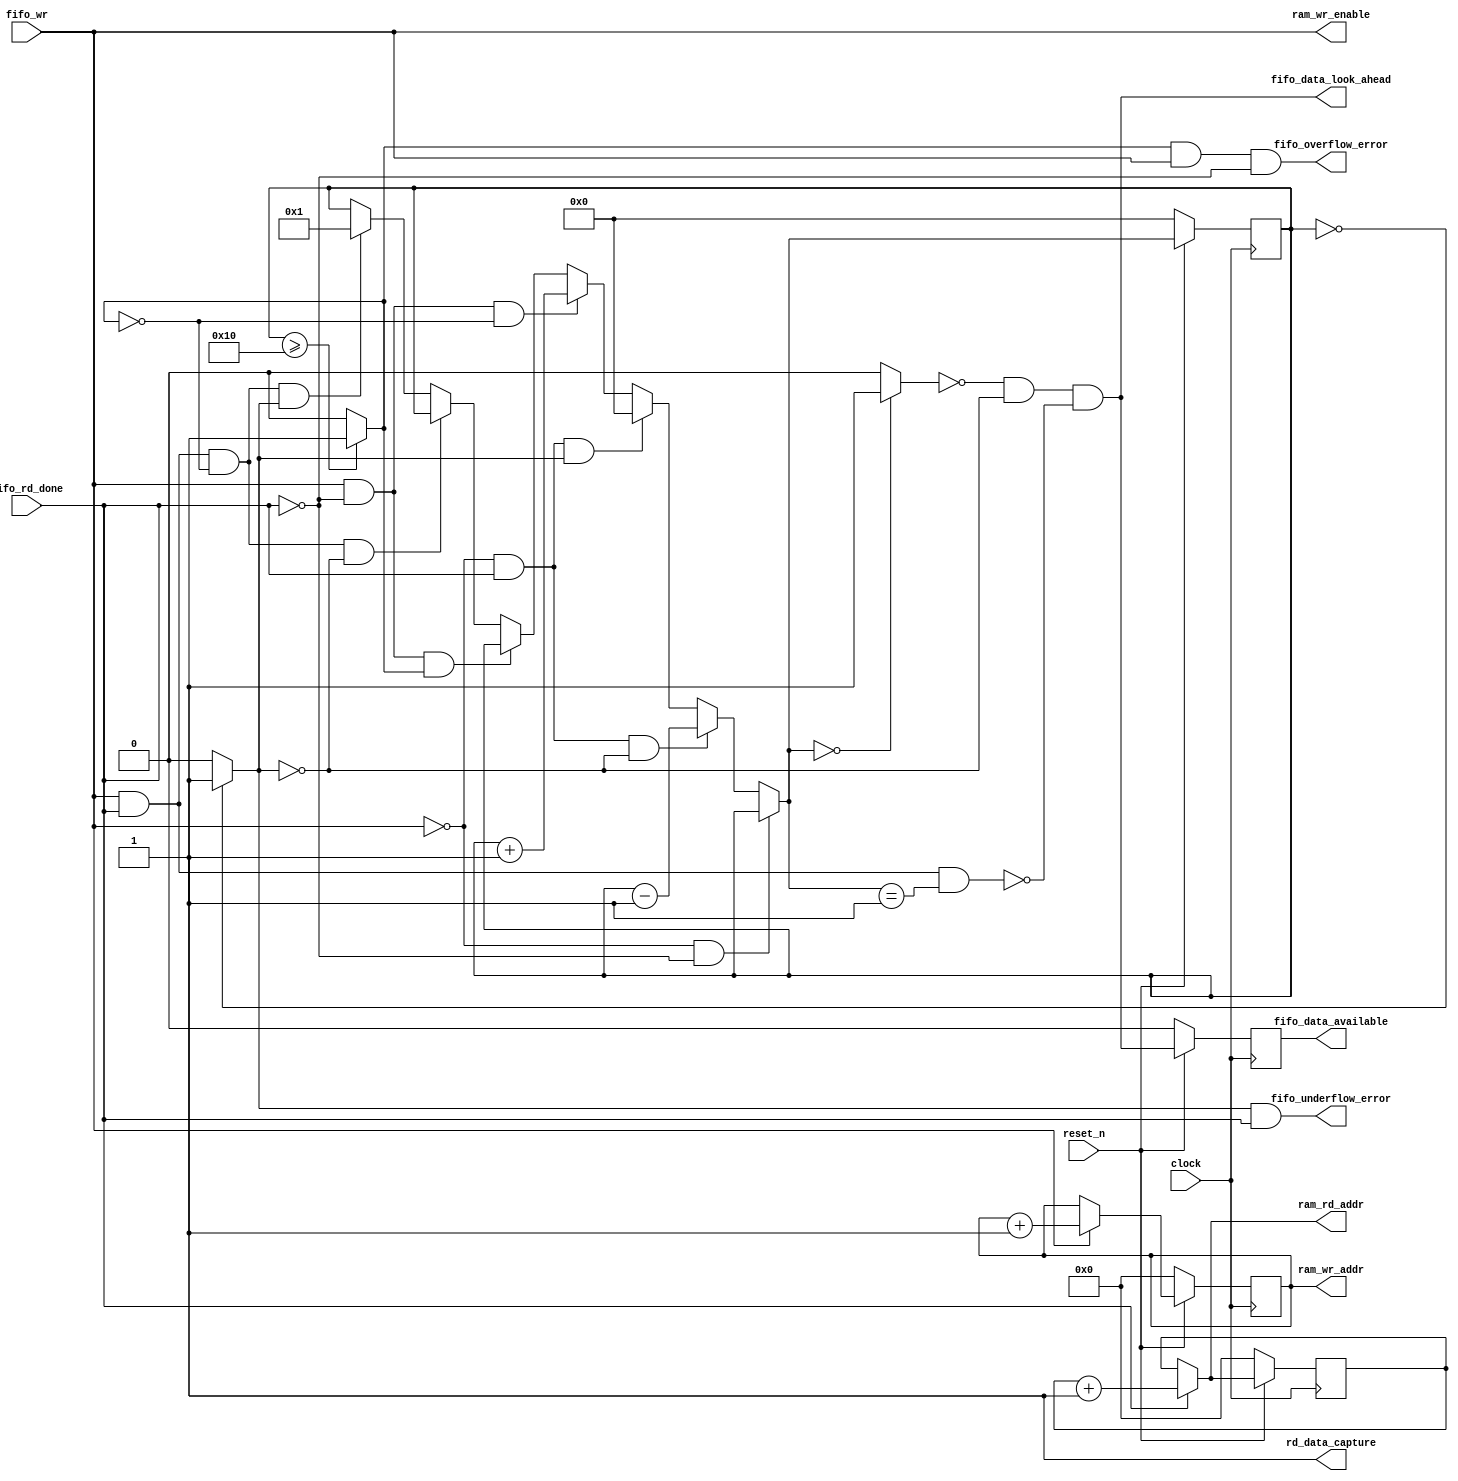
// This program was cloned from: https://github.com/OpenCAPI/ThymesisFlow
// License: Apache License 2.0

// *!***************************************************************************
// *! Copyright 2019 International Business Machines
// *!
// *! Licensed under the Apache License, Version 2.0 (the "License");
// *! you may not use this file except in compliance with the License.
// *! You may obtain a copy of the License at
// *! http://www.apache.org/licenses/LICENSE-2.0 
// *!
// *! The patent license granted to you in Section 3 of the License, as applied
// *! to the "Work," hereby includes implementations of the Work in physical form.  
// *!
// *! Unless required by applicable law or agreed to in writing, the reference design
// *! distributed under the License is distributed on an "AS IS" BASIS,
// *! WITHOUT WARRANTIES OR CONDITIONS OF ANY KIND, either express or implied.
// *! See the License for the specific language governing permissions and
// *! limitations under the License.
// *! 
// *! The background Specification upon which this is based is managed by and available from
// *! the OpenCAPI Consortium.  More information can be found at https://opencapi.org. 
// *!***************************************************************************
`timescale 1ns / 10ps

// ******************************************************************************************************************************
// Project            :  TLX 0.7x Reference Design (External Transaction Layer logic for attaching to the IBM P9 OpenCAPI Interface)
// Module Name        :  ocx_tlx_fifo_cntlr
//
// Module Description : This logic does the following:
//     - 
//
// Module Sub-sections:    (search for @@@)
//
// ******************************************************************************************************************************
// Modification History :
//                                    | Version   |     | Author   | Date        | Description of change
//                                    | --------- |     | -------- | ----------- | ---------------------
   `define OCX_TLX_FIFO_CNTLR_VERSION  20_Oct_2017   // |          | Oct.20,2017 | Re-written for to make lint happy
//
// ******************************************************************************************************************************


// ==============================================================================================================================
// @@@  Module Declaration
// ==============================================================================================================================
module ocx_tlx_fifo_cntlr
    (

        fifo_wr              ,
        fifo_rd_done         ,

        ram_wr_addr          ,
        ram_wr_enable        ,
        ram_rd_addr          ,
        rd_data_capture      ,

        fifo_data_look_ahead ,
        fifo_data_available  ,
        fifo_underflow_error ,
        fifo_overflow_error  ,

        clock                ,
        reset_n
    ) ;


// ==============================================================================================================================
// @@@  Parameters   (These can be overwritten by module instatiation.)
// ==============================================================================================================================
        // Note:   The FIFO will be *built* using the size specified by these parameters (or as overwritten by instantiation.)
        parameter  FIFO_ADDR_WIDTH  =   4 ;



// ==============================================================================================================================
// @@@  Port Declarations
// ==============================================================================================================================

        // -----------------------------------
        // Miscellaneous Ports
        // -----------------------------------
        input                          fifo_wr              ;
        input                          fifo_rd_done         ;
     
        output [FIFO_ADDR_WIDTH-1:0]   ram_wr_addr          ;
        output                         ram_wr_enable        ;
        output [FIFO_ADDR_WIDTH-1:0]   ram_rd_addr          ;
        output                         rd_data_capture      ;

        output                         fifo_data_look_ahead ;
        output                         fifo_data_available  ;
        output                         fifo_underflow_error ;
        output                         fifo_overflow_error  ;

        input                          clock                ;
        input                          reset_n              ;


// ==============================================================================================================================
// @@@  Wires and Variables (Regs)
// ==============================================================================================================================

        wire   [FIFO_ADDR_WIDTH-1:0]   ptr_inc            ;  // Vector to increment address pointers by one.
        wire   [FIFO_ADDR_WIDTH  :0]   cntr_0             ;  // Vector to load the reset the address pointers to zero
        wire   [FIFO_ADDR_WIDTH  :0]   cntr_1             ;  // Vector to set the addres pointers to 1
        wire   [FIFO_ADDR_WIDTH  :0]   cntr_max           ;  // Max number of valid entries in the FIFO.

        wire   [FIFO_ADDR_WIDTH-1:0]   wr_addr_pointer_d  ;  // Next state of write address pointer
        reg    [FIFO_ADDR_WIDTH-1:0]   wr_addr_pointer_q  ;  // Write address pointer
        wire   [FIFO_ADDR_WIDTH-1:0]   rd_addr_pointer_d  ;  // Next state of read address pointer
        reg    [FIFO_ADDR_WIDTH-1:0]   rd_addr_pointer_q  ;  // Read address pointer
        wire   [FIFO_ADDR_WIDTH  :0]   valid_entry_cntr_d ;  // 
        reg    [FIFO_ADDR_WIDTH  :0]   valid_entry_cntr_q ;  // Number of valid enries in FIFO: zero=empty, 10000=full

        wire    fifo_will_be_empty   ;
        wire    fifo_empty           ;
        wire    fifo_full            ;

        wire    fifo_data_early      ;
        reg     fifo_data_available1 ;


// ==============================================================================================================================
// @@@  ocx_tlx_fifo_cntlr Logic
// ==============================================================================================================================
      
    assign ptr_inc  =  {{FIFO_ADDR_WIDTH-1{1'b0}}, 1'b1} ;   // Vector to increment address pointers by one.
    assign cntr_0   =   {FIFO_ADDR_WIDTH+1{1'b0}}        ;   // Vector to load the reset the address pointers to zero
    assign cntr_1   =  {{FIFO_ADDR_WIDTH{1'b0}}, 1'b1}   ;   // Vector to set the addres pointers to 1
    assign cntr_max =  {1'b1, {FIFO_ADDR_WIDTH{1'b0}}}   ;   // Max number of valid entries in the FIFO.


    // ---------------------
    // Write Address Pointer
    // ---------------------
    // Write the data into the register array and increment the pointer to point to the next slot.
    assign   wr_addr_pointer_d  =   ( fifo_wr )   ?  wr_addr_pointer_q + ptr_inc :
                                                     wr_addr_pointer_q           ;
    always @ (posedge clock) begin
        if      (!reset_n)        wr_addr_pointer_q       <= {FIFO_ADDR_WIDTH{1'b0}};
        else                      wr_addr_pointer_q       <= wr_addr_pointer_d;
    end
    assign  ram_wr_enable   =  fifo_wr;             // Write the RAM *before* the write addr pointer is incremented.
    assign  ram_wr_addr     =  wr_addr_pointer_q;   // Pass address to RAM


    // ---------------------
    // Read Address Pointer
    // ---------------------
    // This logic reads the register array and captures the output into the output reg
    assign   rd_addr_pointer_d  =  ( fifo_rd_done  )  ?  rd_addr_pointer_q + ptr_inc :
                                                         rd_addr_pointer_q           ;
    always @ (posedge clock) begin
        if      (!reset_n)        rd_addr_pointer_q       <= {FIFO_ADDR_WIDTH{1'b0}};
        else                      rd_addr_pointer_q       <= rd_addr_pointer_d;
    end
    assign  ram_rd_addr       =  rd_addr_pointer_d;   // Pass address to Register Array
    assign  rd_data_capture   =  1'b1 ;               // Hardwire the system to always capture the fifo output.


    // ---------------------
    // Valid Entry Counter
    // ---------------------
    // This counter keeps track of the number of FIFO slots that are currently being used for valid data.
    // In addition to the clock, there are four inputs that affect the state of this counter.
    // Here is a next-state table for this counter
    // fifo_wr  fifo_rd_done  fifo_full  fifo_empty  state-change  comment
    // -------  -------       ---------  ----------  ------------  -------
    //    0        0              x           x        no change
    //    0        1              x           0           -1       Normal read
    //    0        1              x           1        set to 0    Underflow error
    //    1        0              0           x           +1       Normal write
    //    1        0              1           x        no change   Overflow error
    //    1        1              0           0        no change   Simultaneous write and read
    //    1        1              0           1           +1       Underflow error  (May be allowed with UltraRAM, but not in this design.)
    //    1        1              1           0        no change   Overflow error
    //    1        1              1           1        no change   Impossible state

    assign   valid_entry_cntr_d  =  ( !fifo_wr  && !fifo_rd_done                                )  ?  valid_entry_cntr_q          : // No change
                                    ( !fifo_wr  &&  fifo_rd_done                 && !fifo_empty )  ?  valid_entry_cntr_q - cntr_1 : // Read
                                    ( !fifo_wr  &&  fifo_rd_done                 &&  fifo_empty )  ?  cntr_0                      : // Underflow
                                    (  fifo_wr  && !fifo_rd_done  && !fifo_full                 )  ?  valid_entry_cntr_q + cntr_1 : // Write
                                    (  fifo_wr  && !fifo_rd_done  &&  fifo_full                 )  ?  valid_entry_cntr_q          : // Overflow
                                    (  fifo_wr  &&  fifo_rd_done  && !fifo_full  && !fifo_empty )  ?  valid_entry_cntr_q          : // Write and Read
                                    (  fifo_wr  &&  fifo_rd_done  && !fifo_full  &&  fifo_empty )  ?  cntr_1                      : // Underflow
                                    (  fifo_wr  &&  fifo_rd_done  &&  fifo_full  && !fifo_empty )  ?  valid_entry_cntr_q          : // Overflow
                                                                                                      valid_entry_cntr_q          ; // Invalid state
    always @ (posedge clock) begin
        if      (!reset_n)        valid_entry_cntr_q       <= {FIFO_ADDR_WIDTH+1{1'b0}};
        else                      valid_entry_cntr_q       <= valid_entry_cntr_d;
    end

    assign   fifo_will_be_empty   =  ( valid_entry_cntr_d == cntr_0   )  ?  1'b1  :  1'b0 ;
    assign   fifo_empty           =  ( valid_entry_cntr_q == cntr_0   )  ?  1'b1  :  1'b0 ;
    assign   fifo_full            =  ( valid_entry_cntr_q >= cntr_max )  ?  1'b1  :  1'b0 ;

    // Predict when the data will be available on the fifo output.
    // Data will not be available when there is only one entry and it is being read.
    assign    fifo_data_early      =  !fifo_will_be_empty  &&  !fifo_empty  && !(fifo_rd_done && fifo_wr && valid_entry_cntr_d == cntr_1);

    // FF to generate 1-cycle delay of fifo_data_early.
    always @ (posedge clock) begin
        if      (!reset_n)        fifo_data_available1       <=  1'b0;
        else                      fifo_data_available1       <=  fifo_data_early;
    end

    assign    fifo_data_look_ahead =  fifo_data_early; 
    assign    fifo_data_available  =  fifo_data_available1; 
    assign    fifo_underflow_error =   fifo_empty  &&  fifo_rd_done;
    assign    fifo_overflow_error  =   fifo_full   &&  fifo_wr  &&  !fifo_rd_done;


endmodule  // ocx_tlx_fifo_cntlr